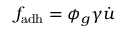
f _ { \mathrm { { a d h } } } = \phi _ { g } \gamma \dot { u }